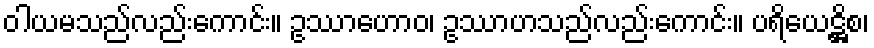
ဝါယမသည်လည်းကောင်း။ ဥဿာဟောဝ၊ ဥဿာဟသည်လည်းကောင်း။ ပရိယေဋ္ဌိစ၊